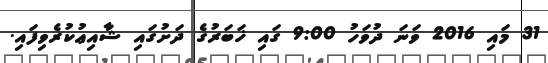
31 މައި 2016 ވަނަ ދުވަހު 9:00 ގައި ޚަބަރުގެ ދަށުގައި ޝާއިޢުކުރެވިފައި.